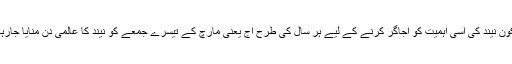
پرسکون نیند کی اسی اہمیت کو اجاگر کرنے کے لیے ہر سال کی طرح آج یعنی مارچ کے تیسرے جمعے کو نیند کا عالمی دن منایا جارہا ہے۔